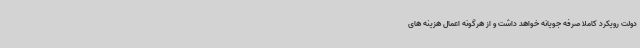
دولت رویکرد کاملا صرفه جویانه خواهد داشت و از هرگونه اعمال هزینه های